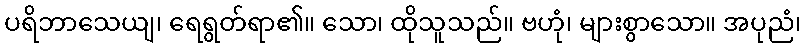
ပရိဘာသေယျ၊ ရေရွတ်ရာ၏။ သော၊ ထိုသူသည်။ ဗဟုံ၊ များစွာသော။ အပုညံ၊